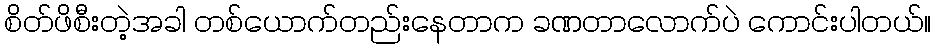
စိတ်ဖိစီးတဲ့အခါ တစ်ယောက်တည်းနေတာက ခဏတာလောက်ပဲ ကောင်းပါတယ်။